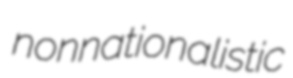
nonnationalistic